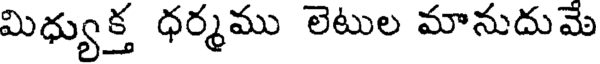
మిధ్యుక్త ధర్మము లెటుల మానుదుమె